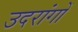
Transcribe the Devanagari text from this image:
उदरांगों